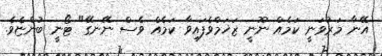
އޭނާ މަރުވަނީ ކަމެއް ނޫނީ ޒަަޚަމްވެފައިވާ ކަމެއް ވެސް ނޭނގޭ" ޓޯނީ ބުންޏެވެ.